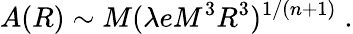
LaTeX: A(R)\sim M(\lambda eM^{3}R^{3})^{1/(n+1)}\; .